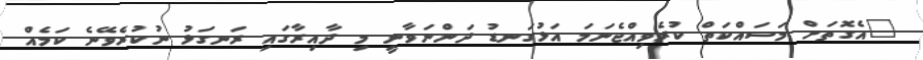
"އެގޮތަށް މަސައްކަތް ކުރެވިއްޖެނަމަ އަޅުގަނޑު ދަންނަވާނީ މި ދާއިރާގައި ރަނގަޅު ނުކުރެވޭނެ ކަމެއް